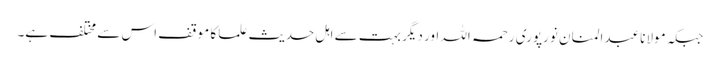
جبکہ مولانا عبدالمنان نورپوری رحمہ اللہ اور دیگر بہت سے اہل حدیث علما کا موقف اس سے مختلف ہے۔